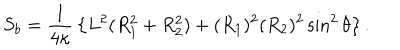
S _ { b } = { \frac { 1 } { 4 \kappa } } \left\{ L ^ { 2 } ( R _ { 1 } ^ { 2 } + R _ { 2 } ^ { 2 } ) + ( R _ { 1 } ) ^ { 2 } ( R _ { 2 } ) ^ { 2 } \sin ^ { 2 } \theta \right\} .